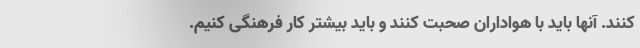
کنند. آنها باید با هواداران صحبت کنند و باید بیشتر کار فرهنگی کنیم.